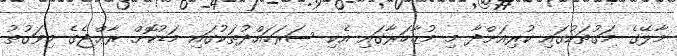
މާލޭގެ މަގުތަކުގައި ކުރިއަށްދާ މި މުޒާހަރާގައި އެކި ސަރަހައްދުތަކުގައި މަޑުކޮށް ރާޢްޖެގެ މިވަގުތު